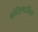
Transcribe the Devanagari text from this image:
ओरिएण्टलिस